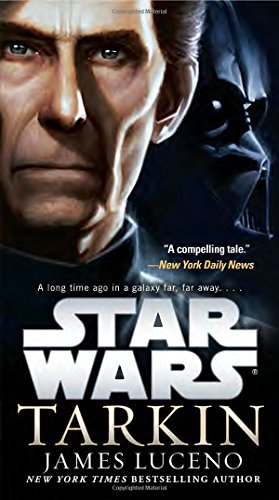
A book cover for Star Wars: Tarkin; James Luceno; Science Fiction & Fantasy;